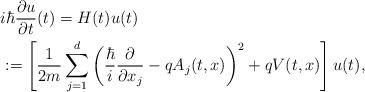
LaTeX: \begin{align*} & i\hbar \frac{\partial u}{\partial t}(t) = H(t)u(t)\\ & := \left[ \frac{1}{2m}\sum_{j=1}^d \left(\frac{\hbar}{i}\frac{\partial}{\partial x_j} - qA_j(t,x)\right)^2 + qV(t,x)\right]u(t),\end{align*}